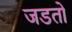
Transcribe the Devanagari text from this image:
जडतो